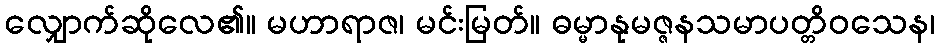
လျှောက်ဆိုလေ၏။ မဟာရာဇ၊ မင်းမြတ်။ ဓမ္မာနုမဇ္ဇနသမာပတ္တိဝသေန၊